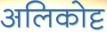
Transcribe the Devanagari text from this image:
अलिकोट्ट